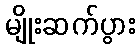
မျိုးဆက်ပွား